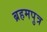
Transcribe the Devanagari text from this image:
ब्रहमपुत्र